Report on plague in the Punjab from October 1st ... to September 30th ..., being the ... season of plague in the province
Disease focus: Plague
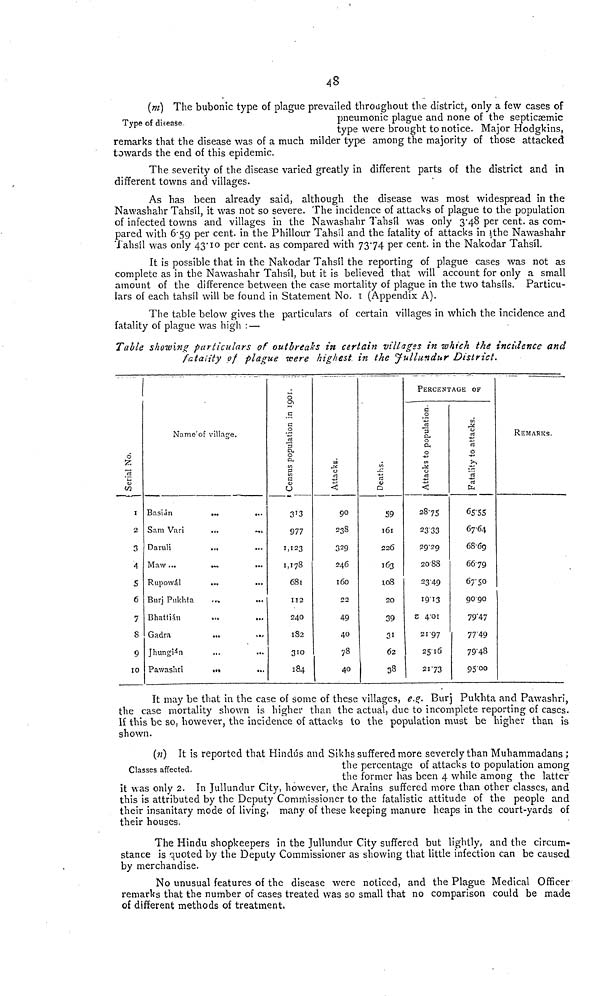
48
(m) The bubonic type of plague prevailed throughout the district, only a few cases of
pneumonic plague and none of the septicaemic
type were brought to notice. Major Hodgkins,
remarks that the disease was of a much milder type among the majority of those attacked
towards the end of this epidemic.
The severity of the disease varied greatly in different parts of the district and in
different towns and villages.
As has been already said, although the disease was most widespread in the
Nawashahr Tahsil, it was not so severe. The incidence of attacks of plague to the population
of infected towns and villages in the Nawashahr Tahsil was only 3.48 per cent. as com-
pared with 6.59 per cent. in the Phillour Tahsil and the fatality of attacks in the Nawashahr
Tahsil was only 43.10 per cent. as compared with 7374 per cent. in the Nakodar Tahsil.
It is possible that in the Nakodar Tahsil the reporting of plague cases was not as
complete as in the Nawashahr Tahsil, but it is believed that will account for only a small
amount of the difference between the case mortality of plague in the two tahsils. Particu-
lars of each tahsil will be found in Statement No. 1 (Appendix A).
The table below gives the particulars of certain villages in which the incidence and
fatality of plague was high : —
Table showing particulars of outbreaks in certain villages in which the incidence and
fatality of plague were highest in the Jullundur District.
Serial No.
1
2
3
4
5
6
7
8
9
10
Name of village.
Basián
Sam Vari
Daruli
Maw ...
Rupowál
Burj Pukhta
Bhattián
Gadra
Jhungián
Pawashri
Census population in 1901.
313
977
1,123
1,178
681
112
240
182
310
184
Attacks
90
238
329
246
160
22
49
40
78
40
Deaths.
59
161
226
163
108
20
39
31
62
38
PERCENTAGE OF
Attacks of population.
28.75
23 .33
29.29
20.88
23.49
19.13
4.01
21.97
25.16
21.73
Fatality to attacks.
65.55
67.64
68.69
66.79
67.50
90.90
79.47
77.49
79.48
95.00
REMARKS.
It may be that in the case of some of these villages, e.g. Burj Pukhta and Pawashri,
the case mortality shown is higher than the actual, due to incomplete reporting of cases.
If this be so, however, the incidence of attacks to the population must be higher than is
shown.
(n) It is reported that Hindus and Sikhs suffered more severely than Muhammadans ;
the percentage of attacks to population among
the former has been 4 while among the latter
it was only 2. In Jullundur City, however, the Arains suffered more than other classes, and
this is attributed by the Deputy Commissioner to the fatalistic attitude of the people and
their insanitary mode of living, many of these keeping manure heaps in the court-yards of
their houses.
The Hindu shopkeepers in the Jullundur City suffered but lightly, and the circum-
stance is quoted by the Deputy Commissioner as showing that little infection can be caused
by merchandise.
No unusual features of the disease were noticed, and the Plague Medical Officer
remarks that the number of cases treated was so small that no comparison could be made
of different methods of treatment,